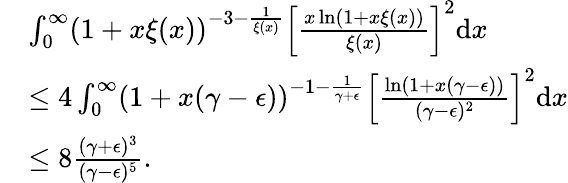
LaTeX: \begin{array}{rl}&{\int_{0}^{\infty}(1+x\xi(x))^{-3-\frac{1}{\xi(x)}}\left[\frac{x\ln(1+x\xi(x))}{\xi(x)}\right]^{2}\mathrm{d}x}\\ &{\leq 4\int_{0}^{\infty}(1+x(\gamma-\epsilon))^{-1-\frac{1}{\gamma+\epsilon}}\left[\frac{\ln(1+x(\gamma-\epsilon))}{(\gamma-\epsilon)^{2}}\right]^{2}\mathrm{d}x}\\ &{\leq 8\frac{(\gamma+\epsilon)^{3}}{(\gamma-\epsilon)^{5}}.}\end{array}